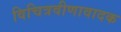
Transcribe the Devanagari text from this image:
विचित्रवीणावादक